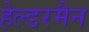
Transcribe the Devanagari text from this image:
हेल्डरमैन